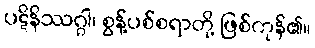
ပဋိနိဿဂ္ဂါ၊ စွန့်ပစ်စရာတို့ ဖြစ်ကုန်၏။